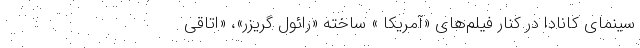
سینمای کانادا در کنار فیلم‌های «آمریکا » ساخته «رائول گریزر»، «اتاقی